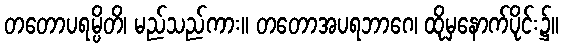
တတောပရမ္ပိတိ၊ မည်သည်ကား။ တတောအပရဘာဂေ၊ ထိုမှနောက်ပိုင်း၌။